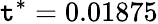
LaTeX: \mathtt{t}^{*}=0.01875